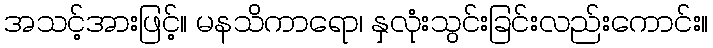
အသင့်အားဖြင့်။ မနသိကာရော၊ နှလုံးသွင်းခြင်းလည်းကောင်း။